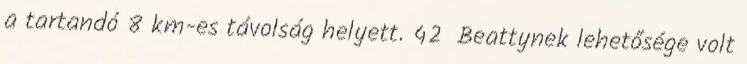
a tartandó 8 km-es távolság helyett. 42 Beattynek lehetősége volt